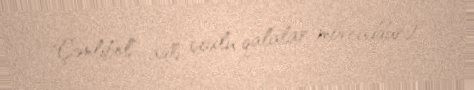
"Çənlibel" adlı çoxlu qalalar mövcuddur).